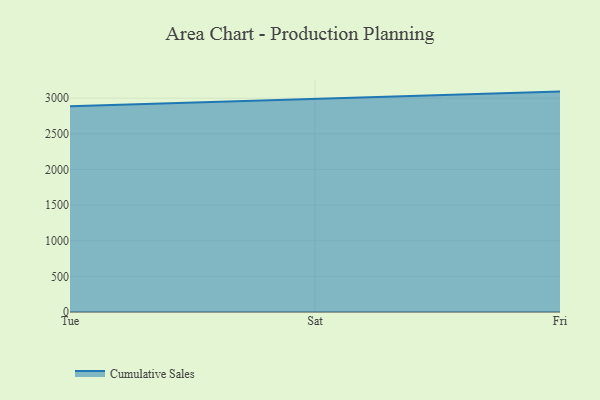
{"axis": {"x": "Day", "y": "Backlog"}, "legend": ["Cumulative Sales"], "data": [{"x": "Tue", "y": 2886.3, "type": "Cumulative Sales"}, {"x": "Sat", "y": 2988.1, "type": "Cumulative Sales"}, {"x": "Fri", "y": 3091.1, "type": "Cumulative Sales"}]}